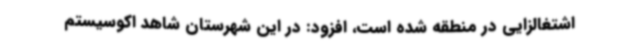
اشتغالزایی در منطقه شده است، افزود: در این شهرستان شاهد اکوسیستم